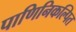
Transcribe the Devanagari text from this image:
पाणिनिकल्पित